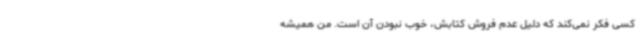
کسی فکر نمی‌کند که دلیل عدم فروش کتابش، خوب نبودن آن است. من همیشه